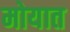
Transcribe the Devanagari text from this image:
मोयात